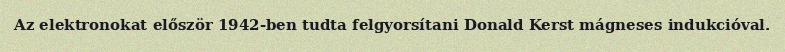
Az elektronokat először 1942-ben tudta felgyorsítani Donald Kerst mágneses indukcióval.